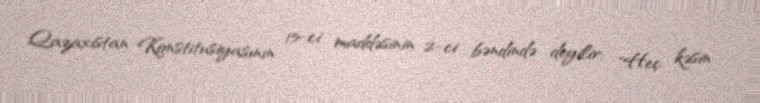
Qazaxıstan Konstitusiyasının 15-ci maddəsinin 2-ci bəndində deyilir: "Heç kəsin